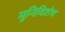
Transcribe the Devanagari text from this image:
मुनिविशेष